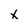
Character: x